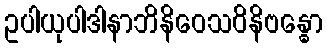
ဥပါယုပါဒါနာဘိနိဝေသဝိနိဗန္ဓော